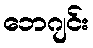
ဘေဂျင်း